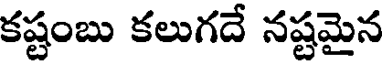
కష్టంబు కలుగదే నష్టమైన